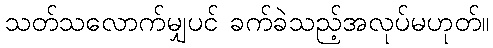
သတ်သလောက်မျှပင် ခက်ခဲသည့်အလုပ်မဟုတ်။